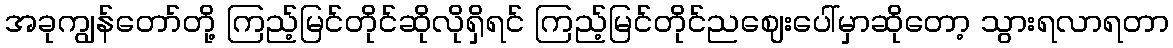
အခုကျွန်တော်တို့ ကြည့်မြင်တိုင်ဆိုလိုရှိရင် ကြည့်မြင်တိုင်ညဈေးပေါ်မှာဆိုတော့ သွားရလာရတာ